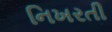
નિખરતી